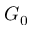
G _ { 0 }